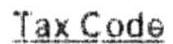
TAX CODE